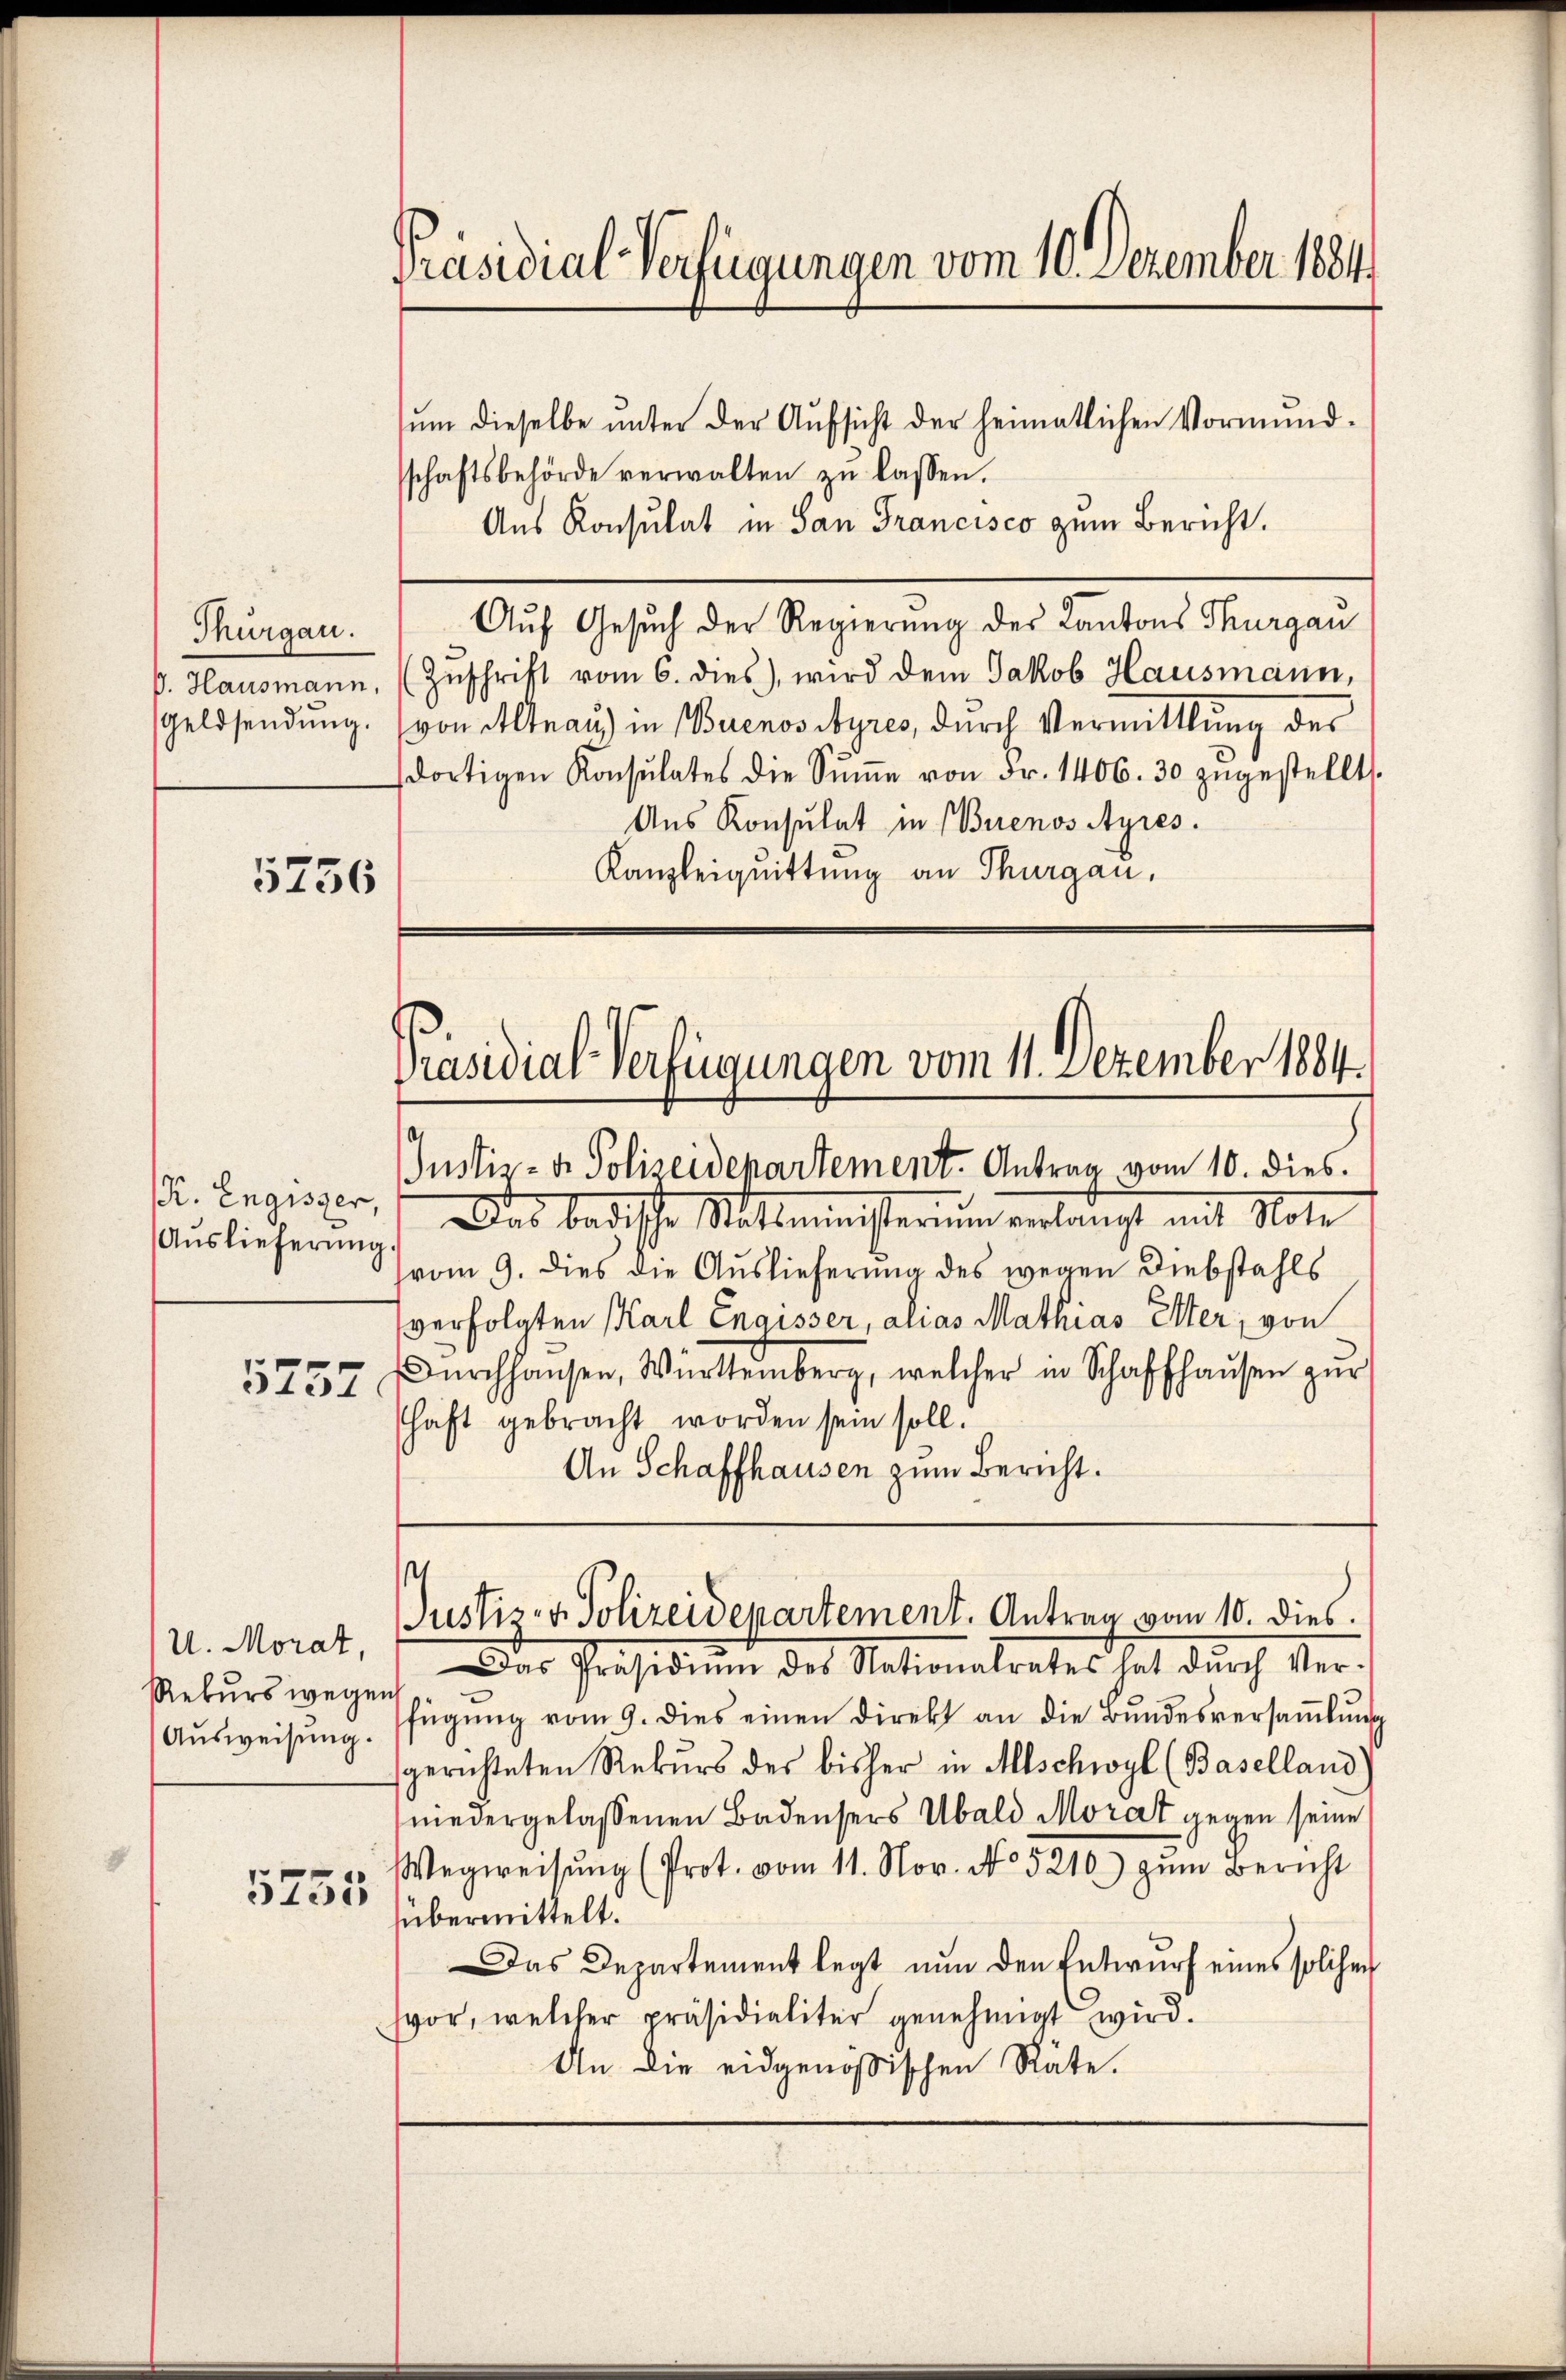
Thurgau.

5756

R. Engisser,
Auslieferung.

5757

U. Morat,
Rekurs wegen

5755

Präsidial-Verfügungen vom 10. Dezember 1884.

ŭm dieselbe ŭnter der Aŭfsicht der heimatlichen Vormund-
schaftsbehörde verwalten zŭ lassen.
Aus Konsulat in San Francisco zum Bericht.
Auf Gesuch der Regierung des Kantons Thurgau
ß. Hausmann, (Zŭschrift vom 6. dies), wird dem Jakob Hausmann,
Geldsendung. (von Altnau) in Buenos Ayres, durch Vermittlung des
dortigen Konsulates die Sŭṁe von Fr. 1406. 30 zŭgestellt.
Ans Konsulat in Buenos Ayres.
Kanzleiquittung an Thurgau,

Präsidial-Verfügungen vom 11. Dezember 1884.

Justiz- & Polizeidepartement. Antrag vom 10. dies.
Das badische Stattmeisterium verlangt mit Note
vom 9. dies die Auslieferung des wegen Diebstahls
verfolgten Karl Engisser, alias Mathias Elter, von
Dŭrchhaŭsen, Württemberg, welcher in Schaffhaŭsen zŭr
haft gebracht worden sein soll.
An Schaffhausen zum Bericht.

Der Präsidium des Nationalrates hat durch Ver-
Aŭsweisŭng. Fügŭng vom 9. dies einen Direkt an die Bŭndesversaṁlŭng
sgerichteten Rekŭrs des bisher in Abschwyl (Baselland)
niedergelassenen Badensers Ubald Morat gegen seine
Wegweisŭng (Prot. vom 11. Nov. No. 5210) zŭm Bericht
übermittelt.
Das Departement legt nŭn den Entwŭrf eines solchen
vor, welcher präsidialiter genehmigt wird.
An die eidgenößischen Räte.

s
Justiz- & Polizeidepartement. Antrag vom 10. dies.